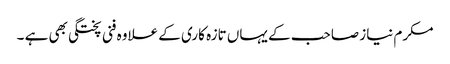
مکرم نیاز صاحب کے یہاں تازہ کاری کے علاوہ فنی پختگی بھی ہے ۔